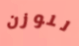
للوزن